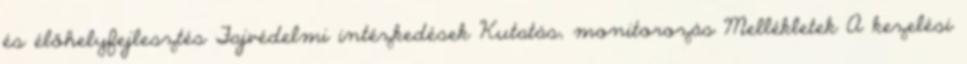
és élőhelyfejlesztés Fajvédelmi intézkedések Kutatás, monitorozás Mellékletek A kezelési